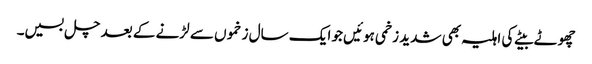
چھوٹے بیٹے کی اہلیہ بھی شدید زخمی ہوئیں جو ایک سال زخموں سے لڑنے کے بعد چل بسیں۔